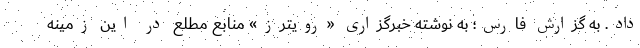
داد. به گزارش فارس؛ به نوشته خبرگزاری «رویترز» منابع مطلع در این زمینه